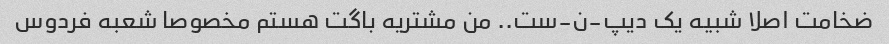
ضخامت اصلا شبیه یک دیپ-ن-ست.. من مشتریه باگت هستم مخصوصا شعبه فردوس